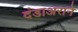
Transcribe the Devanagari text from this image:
दंडाअराने